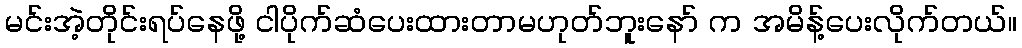
မင်းအဲ့တိုင်းရပ်နေဖို့ ငါပိုက်ဆံပေးထားတာမဟုတ်ဘူးနော် က အမိန့်ပေးလိုက်တယ်။